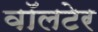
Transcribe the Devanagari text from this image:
वॉलटेर